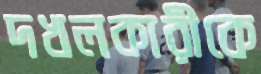
দখলকারীকে